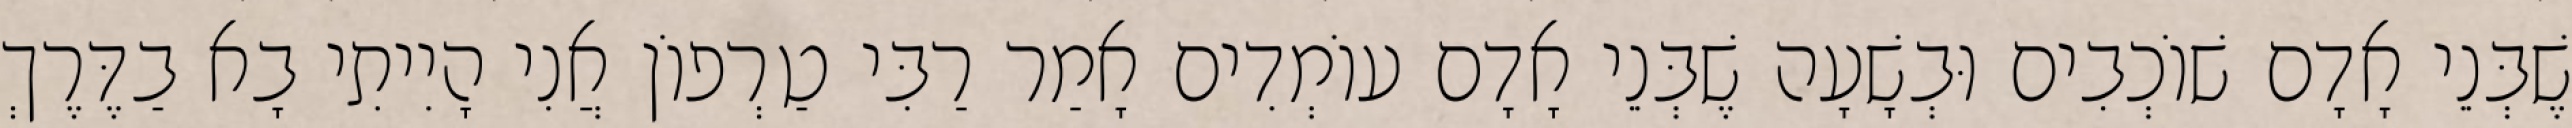
שֶׁבְּנֵי אָדָם שׁוֹכְבִים וּבְשָׁעָה שֶׁבְּנֵי אָדָם עוֹמְדִים אָמַר רַבִּי טַרְפוֹן אֲנִי הָיִיתִי בָא בַדֶּרֶךְ